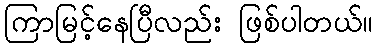
ကြာမြင့်နေပြီလည်း ဖြစ်ပါတယ်။